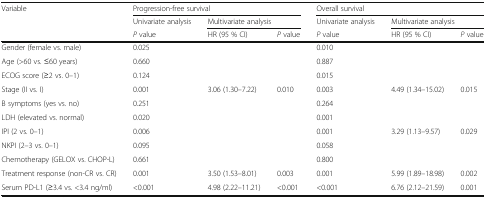
<table><thead><tr><td rowspan="3"><b>Variable</b></td><td colspan="3"><b>Progression-free survival</b></td><td colspan="3"><b>Overall survival</b></td></tr><tr><td><b>Univariate analysis</b></td><td colspan="2"><b>Multivariate analysis</b></td><td><b>Univariate analysis</b></td><td colspan="2"><b>Multivariate analysis</b></td></tr><tr><td><b><i>P</i> value</b></td><td><b>HR (95 % CI)</b></td><td><b><i>P</i> value</b></td><td><b><i>P</i> value</b></td><td><b>HR (95 % CI)</b></td><td><b><i>P</i> value</b></td></tr></thead><tbody><tr><td>Gender (female vs. male)</td><td>0.025</td><td></td><td></td><td>0.010</td><td></td><td></td></tr><tr><td>Age (&gt;60 vs. ≤60 years)</td><td>0.660</td><td></td><td></td><td>0.887</td><td></td><td></td></tr><tr><td>ECOG score (≥2 vs. 0–1)</td><td>0.124</td><td></td><td></td><td>0.015</td><td></td><td></td></tr><tr><td>Stage (II vs. I)</td><td>0.001</td><td>3.06 (1.30–7.22)</td><td>0.010</td><td>0.003</td><td>4.49 (1.34–15.02)</td><td>0.015</td></tr><tr><td>B symptoms (yes vs. no)</td><td>0.251</td><td></td><td></td><td>0.264</td><td></td><td></td></tr><tr><td>LDH (elevated vs. normal)</td><td>0.020</td><td></td><td></td><td>0.001</td><td></td><td></td></tr><tr><td>IPI (2 vs. 0–1)</td><td>0.006</td><td></td><td></td><td>0.001</td><td>3.29 (1.13–9.57)</td><td>0.029</td></tr><tr><td>NKPI (2–3 vs. 0–1)</td><td>0.095</td><td></td><td></td><td>0.058</td><td></td><td></td></tr><tr><td>Chemotherapy (GELOX vs. CHOP-L)</td><td>0.661</td><td></td><td></td><td>0.800</td><td></td><td></td></tr><tr><td>Treatment response (non-CR vs. CR)</td><td>0.001</td><td>3.50 (1.53–8.01)</td><td>0.003</td><td>0.001</td><td>5.99 (1.89–18.98)</td><td>0.002</td></tr><tr><td>Serum PD-L1 (≥3.4 vs. &lt;3.4 ng/ml)</td><td>&lt;0.001</td><td>4.98 (2.22–11.21)</td><td>&lt;0.001</td><td>&lt;0.001</td><td>6.76 (2.12–21.59)</td><td>0.001</td></tr></tbody></table>